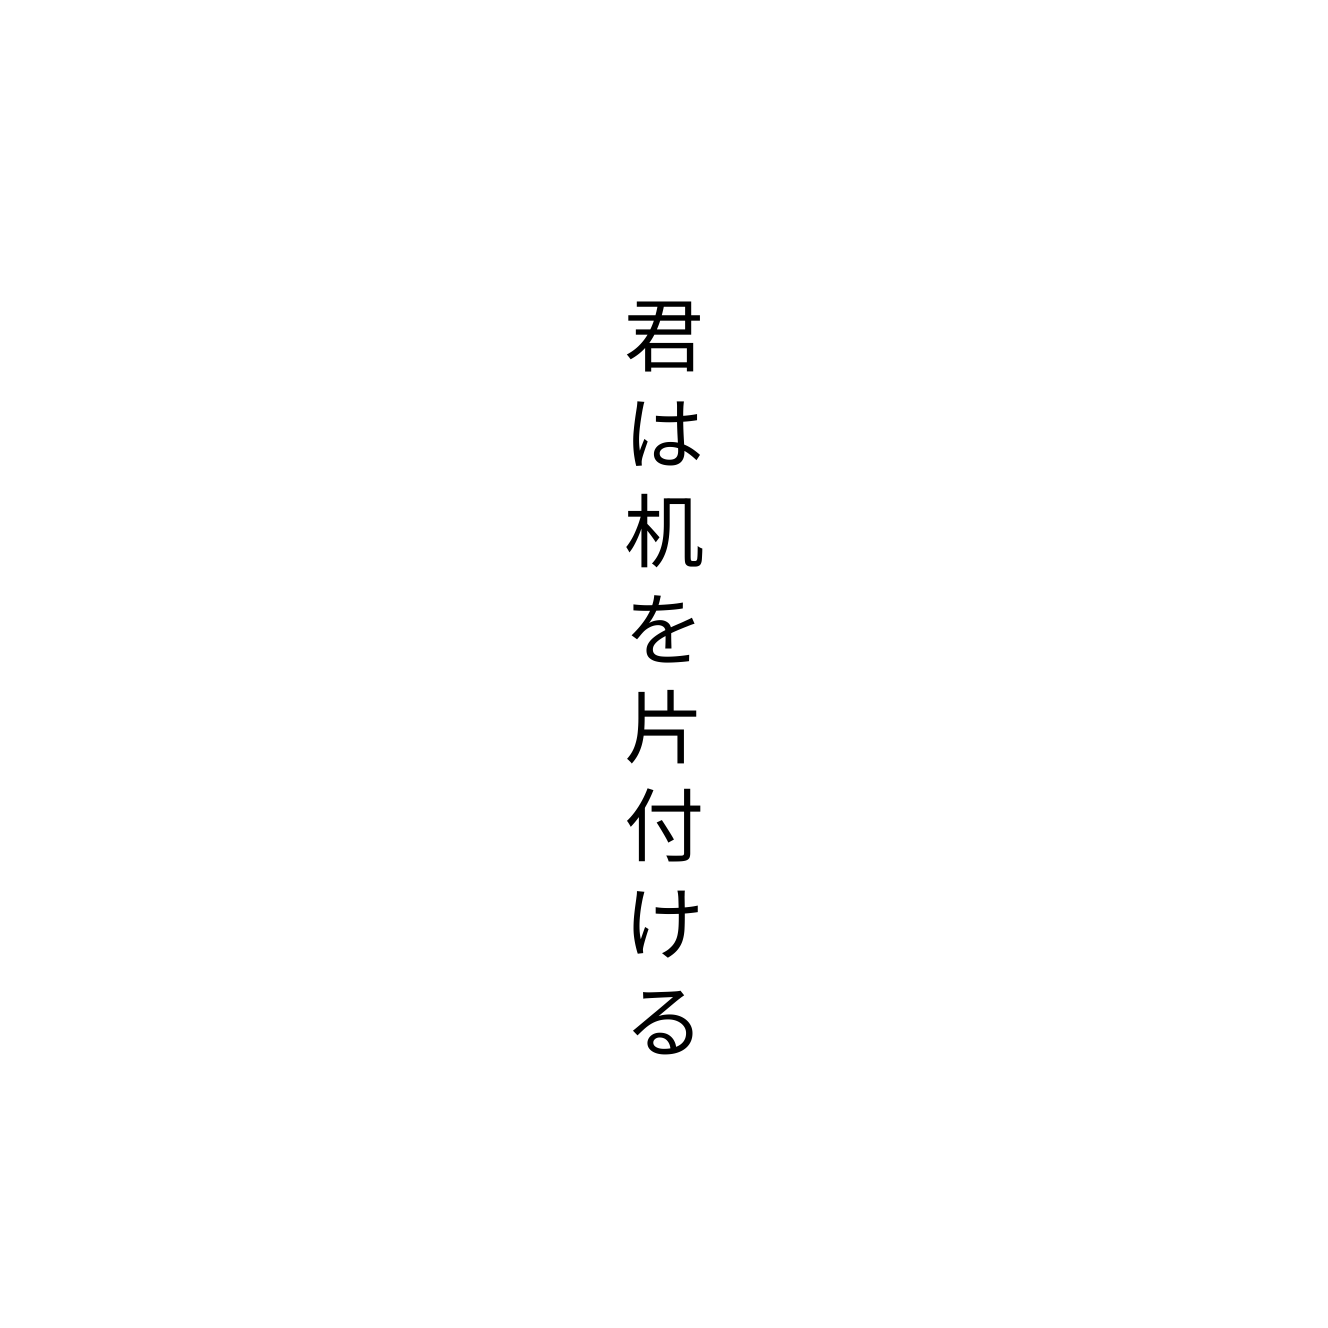
君は机を片付ける